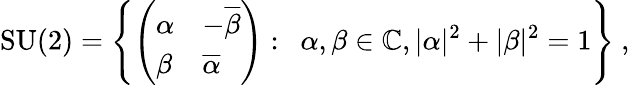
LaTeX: \operatorname{SU}(2)=\left\{ {\left(\begin{array}{ll}{\alpha}&{-{\overline{{\beta}}}}\\ {\beta}&{{\overline{{\alpha}}}}\end{array}\right)}:\ \ \alpha,\beta\in\mathbb{C},|\alpha|^{2}+|\beta|^{2}=1\right\} ~,